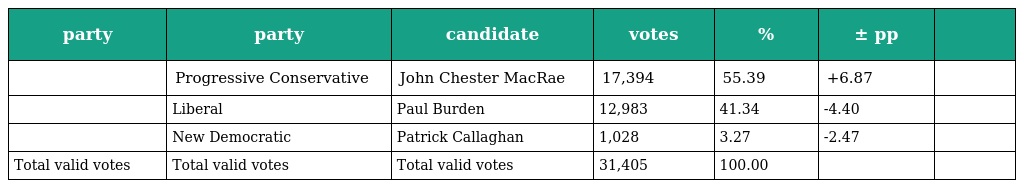
| party | party | candidate | votes | % | ± pp |  |
 | --- | --- | --- | --- | --- | --- | --- |
 |  | Progressive Conservative | John Chester MacRae | 17,394 | 55.39 | +6.87 |  |
 |  | Liberal | Paul Burden | 12,983 | 41.34 | -4.40 |  |
 |  | New Democratic | Patrick Callaghan | 1,028 | 3.27 | -2.47 |  |
 | Total valid votes | Total valid votes | Total valid votes | 31,405 | 100.00 |  |  |